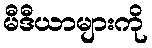
မီဒီယာများကို